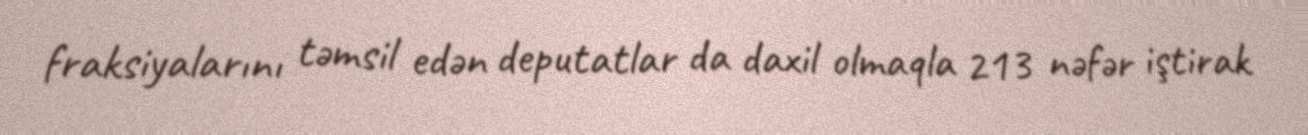
fraksiyalarını təmsil edən deputatlar da daxil olmaqla 213 nəfər iştirak